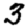
Digit: 3